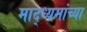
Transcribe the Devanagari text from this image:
माद्ध्यमांच्या